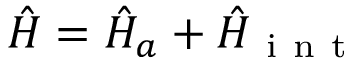
\hat { H } = \hat { H } _ { a } + \hat { H } _ { \mathrm { ~ i ~ n ~ t ~ } }